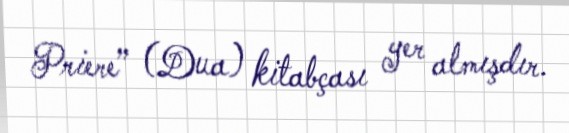
Priere” (Dua) kitabçası yer almışdır.